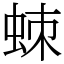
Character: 𧊸